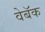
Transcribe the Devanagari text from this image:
वेबॅक